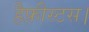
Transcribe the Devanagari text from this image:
हैफ़ीस्टस।